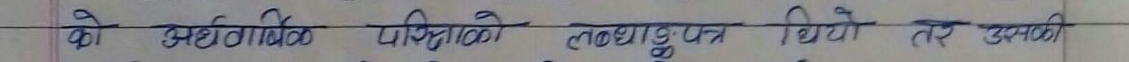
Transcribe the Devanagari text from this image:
को अर्धवार्षिक परीक्षाको लब्धांकपत्र थियो तर उसकी